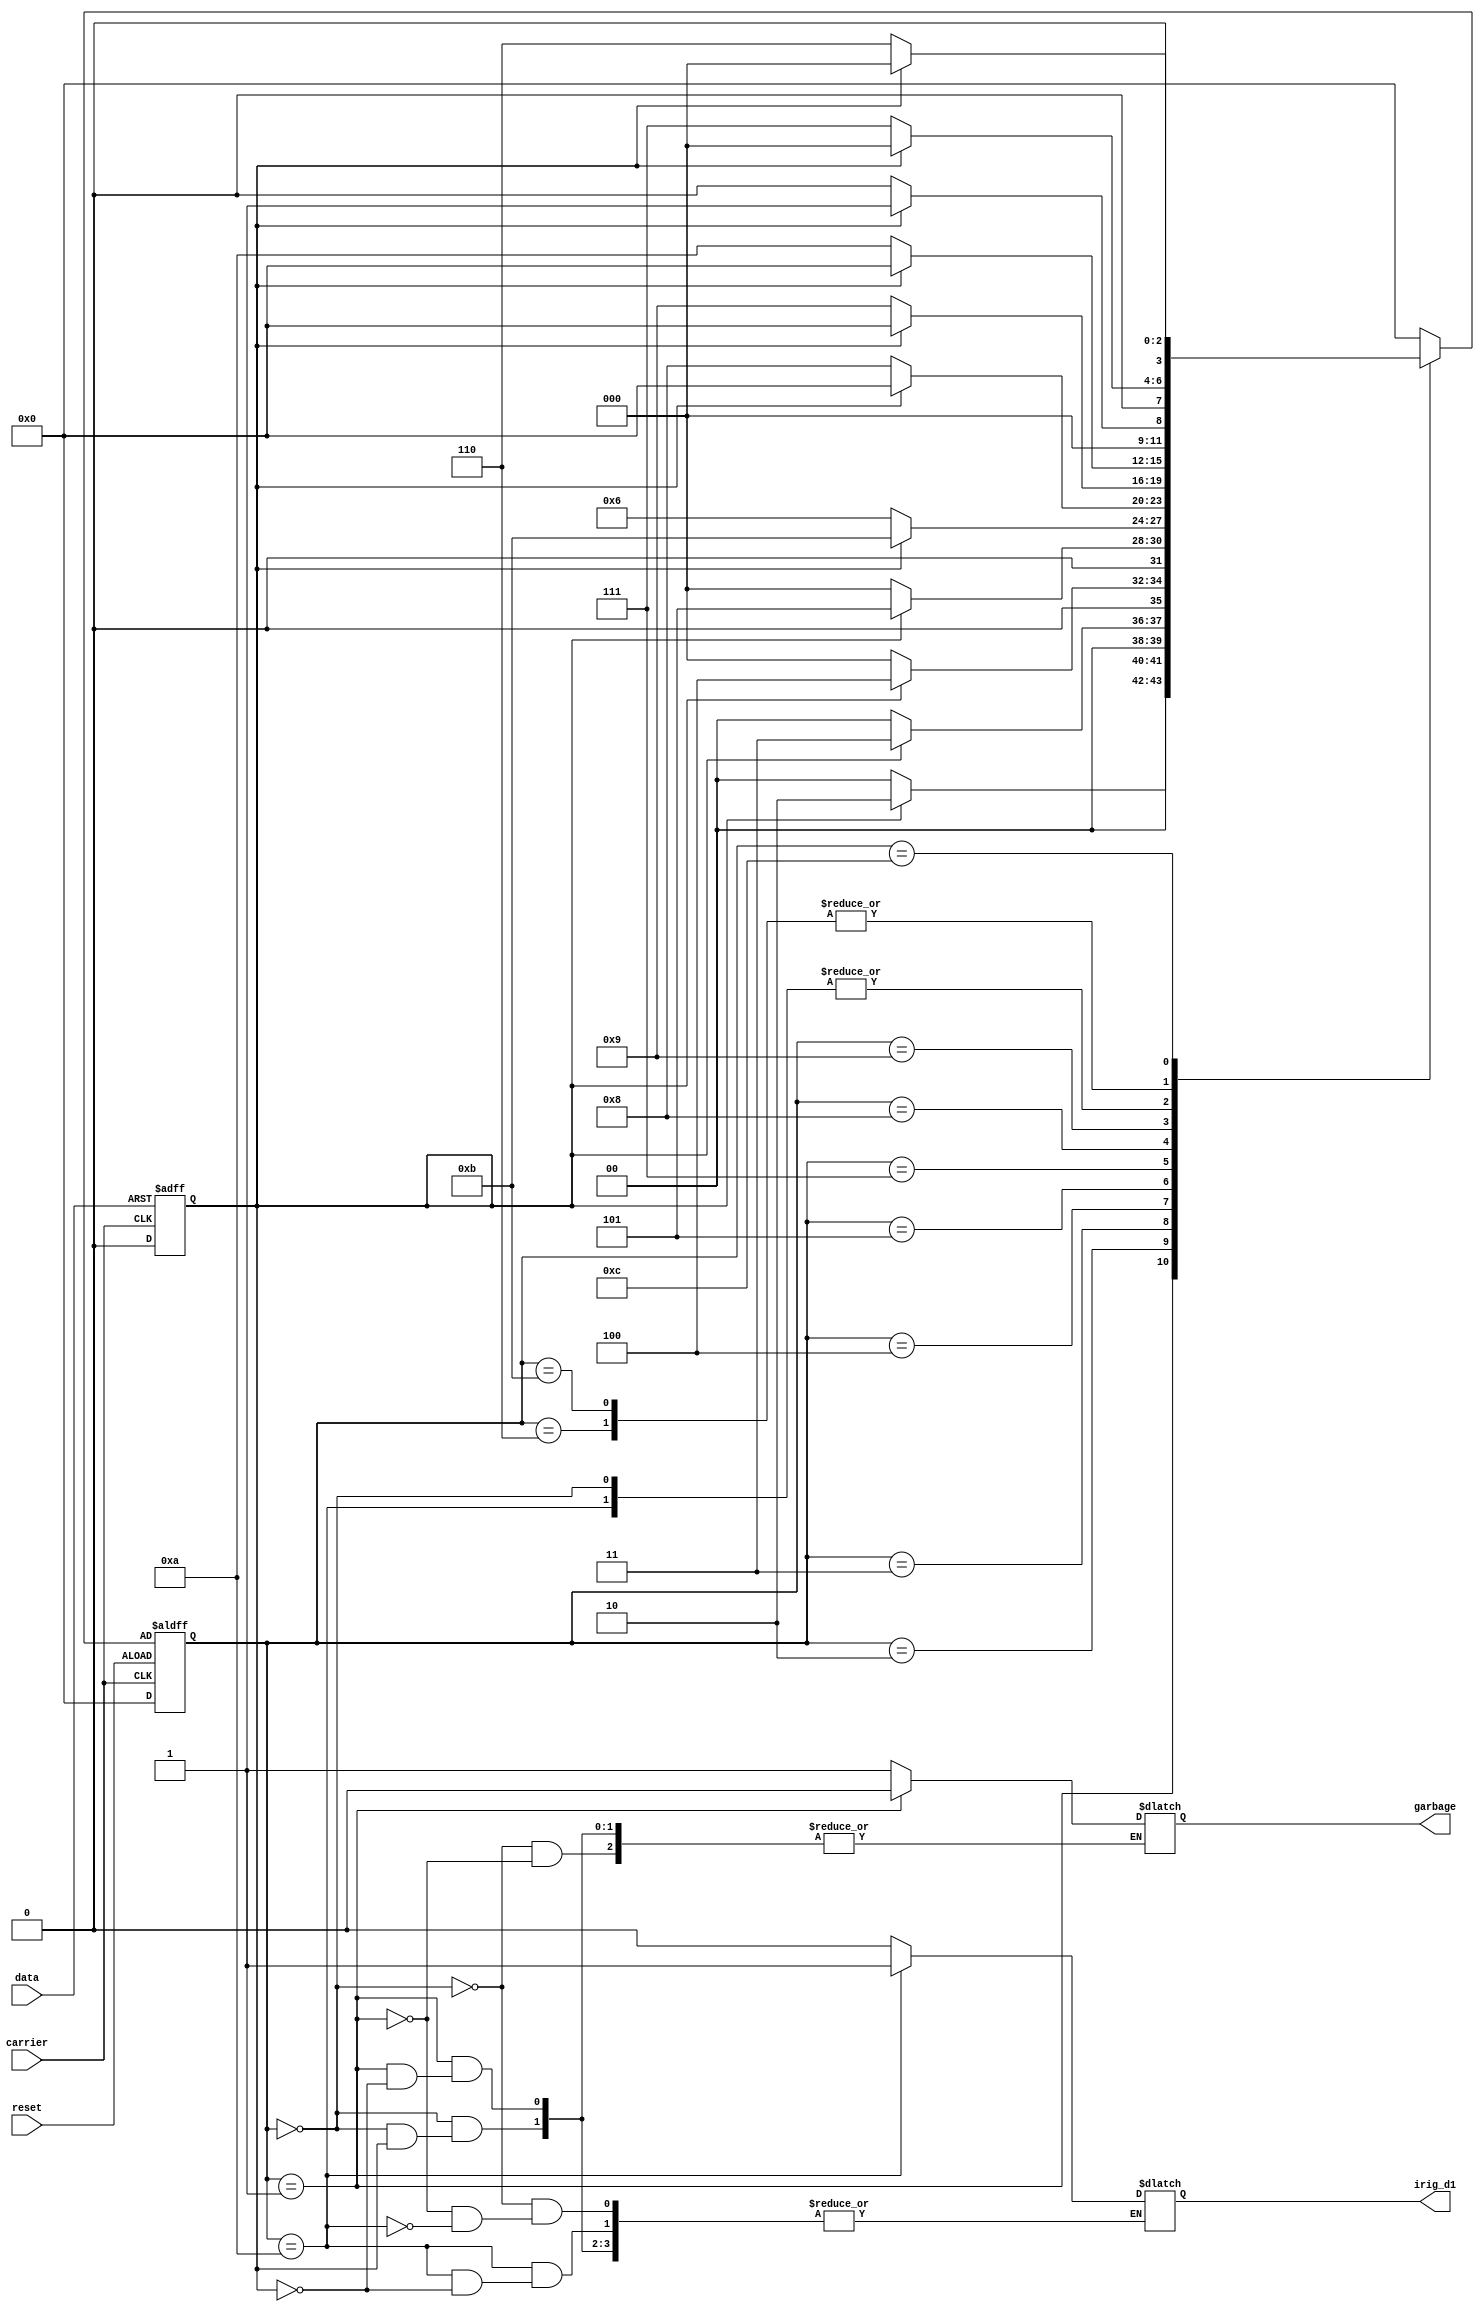
module irig_d1_seq(
    input carrier,
    input data,
    input reset,
    output reg irig_d1,
    output reg garbage
    );
    
    localparam [3:0] S0 = 4'b0000,
                     S1 = 4'b0001,
                     S2 = 4'b0010,
                     S3 = 4'b0011,
                     S4 = 4'b0100,
                     S5 = 4'b0101,
                     S6 = 4'b0110,
                     S7 = 4'b0111,
                     S8 = 4'b1000,
                     S9 = 4'b1001,
                     S10 = 4'b1010,
                     S11 = 4'b1011,
                     S12 = 4'b1100,
                     S13 = 4'b1101;
                     
    reg [3:0] state_reg,state_next;
                     
    reg lc_bit;
    
    //SR latch S: data,R: carier
                     
    always@(posedge carrier or posedge data)
    begin
    if(data == 1'b1)
    begin
    lc_bit <=1;
    end
    else
    begin
    lc_bit <=0;
    end
    
    end // end of SR latch
    
    
    //seq circuit in state machine
    always@(negedge carrier,negedge reset)
    begin
    if(reset)
    begin
      state_reg <= S0;
    end
    else
    begin
      state_reg <= state_next;
    end
      
    end
    
    //combinational circuit in state machine
    always@(*)
    begin
        
         case(state_reg)
         
            S0: if(lc_bit==0)
                begin
                  state_next = S0;  
                  irig_d1 = 1'b0;
                  garbage = 1'b1;
                end
                else
                begin
                  state_next = S1;
                end
            S1: if(lc_bit==1)
                begin
                  state_next = S2;
                  irig_d1 = 1'b0;
                  garbage = 1'b0;
                end
                else
                begin
                  state_next = S0;
                end
            S2: if(lc_bit==1'b1)
                begin
                  state_next = S3;
                end
                else
                begin
                  state_next = S0;
                end
             S3: if(lc_bit == 1'b1)
                 begin
                  state_next = S4;
                 end
                 else
                 begin
                  state_next = S0;
                 end
             S4: if(lc_bit == 1'b1)
                 begin
                   state_next = S5;
                 end
                 else
                 begin
                   state_next = S0;
                 end
             S5: if(lc_bit == 1'b0)
                 begin
                   state_next = S6;
                 end
                 else
                 begin
                   state_next = S11;
                 end
             S6: if(lc_bit == 1'b0)
                 begin
                    state_next = S7;
                 end
                 else
                 begin
                    state_next = S0;
                 end
             S7: if(lc_bit == 1'b0)
                 begin
                    state_next = S8;
                 end
                 else
                 begin
                    state_next = S0;
                 end
              S8: if(lc_bit == 1'b0)
                  begin
                    state_next = S9;
                  end  
                  else
                  begin
                    state_next = S0;
                  end
               S9: if(lc_bit == 1'b0)
                   begin
                     state_next = S10;
                   end
                   else
                   begin
                     state_next = S0;
                   end
              S10:if(lc_bit==1'b1)
                  begin
                   state_next = S1;
                   irig_d1 = 1'b1;
                  end
                  else
                  begin
                    state_next = S0;
                  end
              S11: if(lc_bit == 1'b0)
                   begin
                    state_next = S7;
                   end
                   else
                   begin
                    state_next = S0;
                   end
              S12: if(lc_bit == 1'b0)
                   begin
                    state_next = S6;
                   end
                   else
                   begin
                    state_next = S0;
                   end
                   
                   
              default state_next = S0;
             
              
                
             
                
         endcase
       
       
       
       
       
    end
    
    
    
                     
endmodule